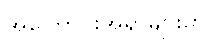
အကြောင်းအရာများမှာ